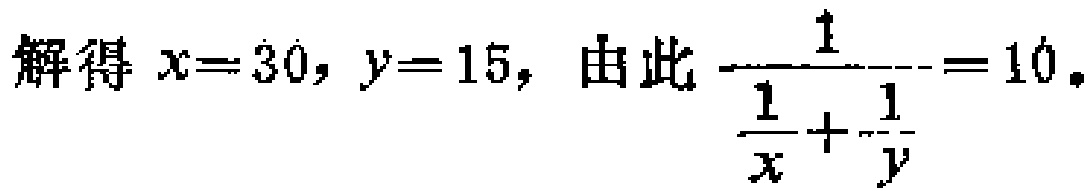
解得 \(x = 30, y = 15,\) 由此 \(\frac{1}{\frac{1}{x}+\frac{1}{y}} = 10.\)